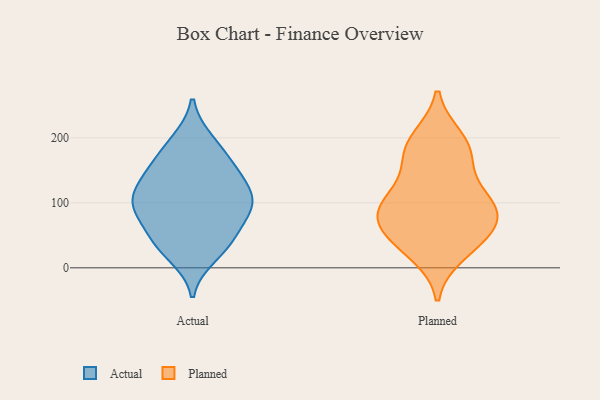
{"axis": {"x": "Production Output", "y": "Value"}, "legend": ["Actual", "Planned"], "data": [{"x": "", "y": 34, "type": "Actual"}, {"x": "", "y": 104, "type": "Actual"}, {"x": "", "y": 33, "type": "Actual"}, {"x": "", "y": 90, "type": "Actual"}, {"x": "", "y": 52, "type": "Actual"}, {"x": "", "y": 191, "type": "Actual"}, {"x": "", "y": 141, "type": "Actual"}, {"x": "", "y": 152, "type": "Actual"}, {"x": "", "y": 18, "type": "Actual"}, {"x": "", "y": 196, "type": "Actual"}, {"x": "", "y": 56, "type": "Actual"}, {"x": "", "y": 90, "type": "Actual"}, {"x": "", "y": 112, "type": "Actual"}, {"x": "", "y": 88, "type": "Actual"}, {"x": "", "y": 111, "type": "Actual"}, {"x": "", "y": 103, "type": "Actual"}, {"x": "", "y": 161, "type": "Actual"}, {"x": "", "y": 146, "type": "Actual"}, {"x": "", "y": 97, "type": "Planned"}, {"x": "", "y": 75, "type": "Planned"}, {"x": "", "y": 45, "type": "Planned"}, {"x": "", "y": 188, "type": "Planned"}, {"x": "", "y": 102, "type": "Planned"}, {"x": "", "y": 93, "type": "Planned"}, {"x": "", "y": 177, "type": "Planned"}, {"x": "", "y": 64, "type": "Planned"}, {"x": "", "y": 153, "type": "Planned"}, {"x": "", "y": 198, "type": "Planned"}, {"x": "", "y": 99, "type": "Planned"}, {"x": "", "y": 44, "type": "Planned"}, {"x": "", "y": 23, "type": "Planned"}]}